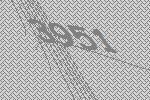
3951